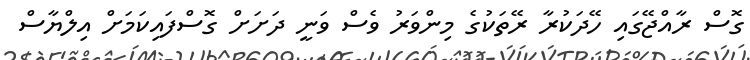
ގޮސް ރާއްޖޭގައި ހޭދަކުރާ ރޭތަކުގެ މިންވަރު ވެސް ވަނީ ދަށަށް ގޮސްފައިކަމަށް އިލްޔާސް